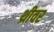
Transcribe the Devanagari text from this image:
थ्रीवर